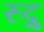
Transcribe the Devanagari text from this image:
रुद्रु